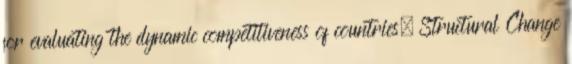
for evaluating the dynamic competitiveness of countries. Structural Change